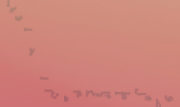
توصيل طلباتكم من الحلويات